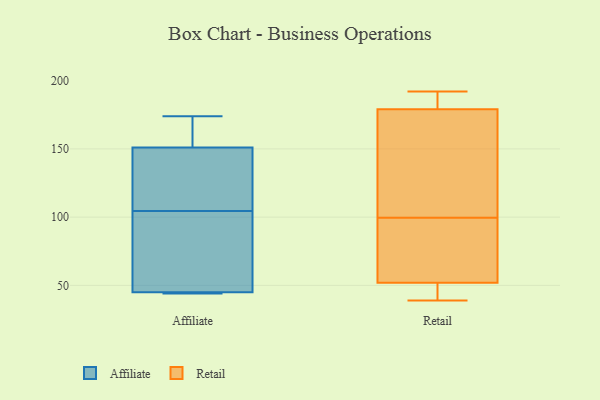
{"axis": {"x": "Headcount", "y": "Value"}, "legend": ["Affiliate", "Retail"], "data": [{"x": "", "y": 132, "type": "Affiliate"}, {"x": "", "y": 44, "type": "Affiliate"}, {"x": "", "y": 45, "type": "Affiliate"}, {"x": "", "y": 174, "type": "Affiliate"}, {"x": "", "y": 85, "type": "Affiliate"}, {"x": "", "y": 116, "type": "Affiliate"}, {"x": "", "y": 93, "type": "Affiliate"}, {"x": "", "y": 151, "type": "Affiliate"}, {"x": "", "y": 162, "type": "Affiliate"}, {"x": "", "y": 44, "type": "Affiliate"}, {"x": "", "y": 88, "type": "Retail"}, {"x": "", "y": 73, "type": "Retail"}, {"x": "", "y": 179, "type": "Retail"}, {"x": "", "y": 39, "type": "Retail"}, {"x": "", "y": 39, "type": "Retail"}, {"x": "", "y": 42, "type": "Retail"}, {"x": "", "y": 94, "type": "Retail"}, {"x": "", "y": 192, "type": "Retail"}, {"x": "", "y": 183, "type": "Retail"}, {"x": "", "y": 106, "type": "Retail"}, {"x": "", "y": 164, "type": "Retail"}, {"x": "", "y": 188, "type": "Retail"}, {"x": "", "y": 105, "type": "Retail"}, {"x": "", "y": 52, "type": "Retail"}]}